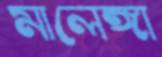
মালেঙ্গা